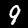
Digit: 9